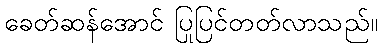
ခေတ်ဆန်အောင် ပြုပြင်တတ်လာသည်။